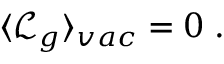
\begin{array} { r } { \langle \mathcal { L } _ { g } \rangle _ { v a c } = 0 \; . } \end{array}